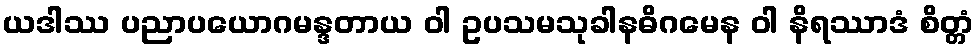
ယဒါဿ ပညာပယောဂမန္ဒတာယ ဝါ ဥပသမသုခါနဓိဂမေန ဝါ နိရဿာဒံ စိတ္တံ